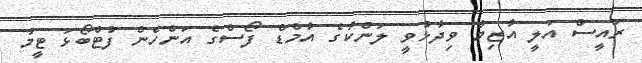
ރައީސް އަލީ އާޒިމް ވިދާޅުވީ ލަންކާގެ އާމްޑް ފޯސްގެ އަންހެން ފުޓްބޯޅަ ޓީމު